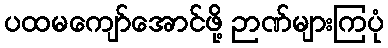
ပထမကျော်အောင်ဖို့ ဉာဏ်များကြပုံ